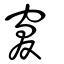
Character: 窡